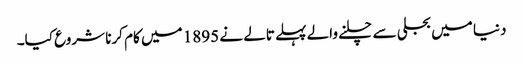
دنیا میں بجلی سے چلنے والے پہلے تالے نے 1895 میں کام کرنا شروع کیا۔